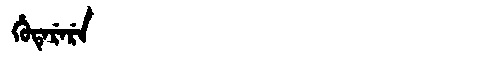
Manchu: ᡥᡠᡨᡝᡵᡝᡵᡝ
Romanization: HUTERERE